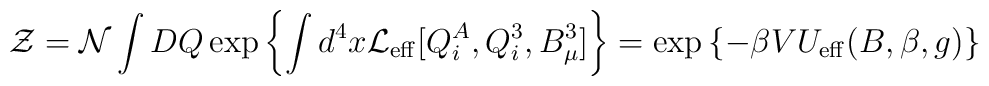
{\cal Z}  ={\cal N}\int DQ\exp \left\{ \int d^4x {\cal L}_{\rm eff}[Q_i^A,Q_i^3,B_\mu^3]\right\}=\exp\left\{- \beta V U_{\rm eff}(B,\beta,g)\right\}